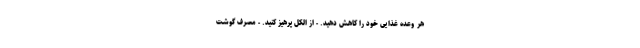
هر وعده غذایی خود را کاهش دهید. - از الکل پرهیز کنید. - مصرف گوشت